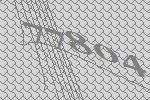
77804